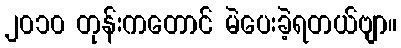
၂၀၁၀ တုန်းကတောင် မဲပေးခဲ့ရတယ်ဗျာ။